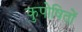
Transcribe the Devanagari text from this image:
कुपोषितों